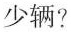
少辆?